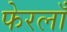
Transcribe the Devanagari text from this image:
फेरलाँ